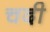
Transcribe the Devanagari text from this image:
चदी